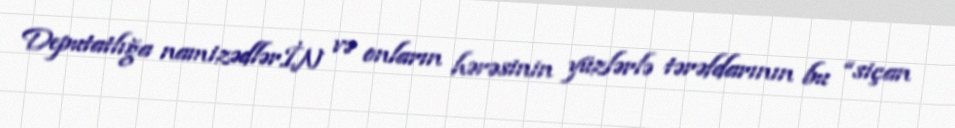
Deputatlığa namizədlərİN və onların hərəsinin yüzlərlə tərəfdarının bu “siçan